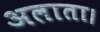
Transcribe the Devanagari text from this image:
अलाता।